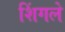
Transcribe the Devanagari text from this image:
शिंगले